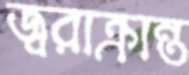
জ্বরাক্রান্ত